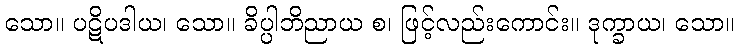
သော။ ပဋိပဒါယ၊ သော။ ခိပ္ပါဘိညာယ စ၊ ဖြင့်လည်းကောင်း။ ဒုက္ခာယ၊ သော။